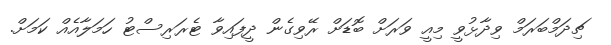
ޗިދަމްބަރަމް ވިދާޅުވީ މިއީ ވަރަށް ބޮޑަށް ރޭވިގެން ދީފައިވާ ޓެރަރިސްޓު ހަމަލާއެއް ކަމަށް.